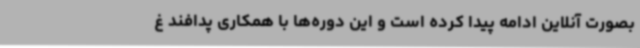
بصورت آنلاین ادامه پیدا کرده است و این دوره‌ها با همکاری پدافند غ